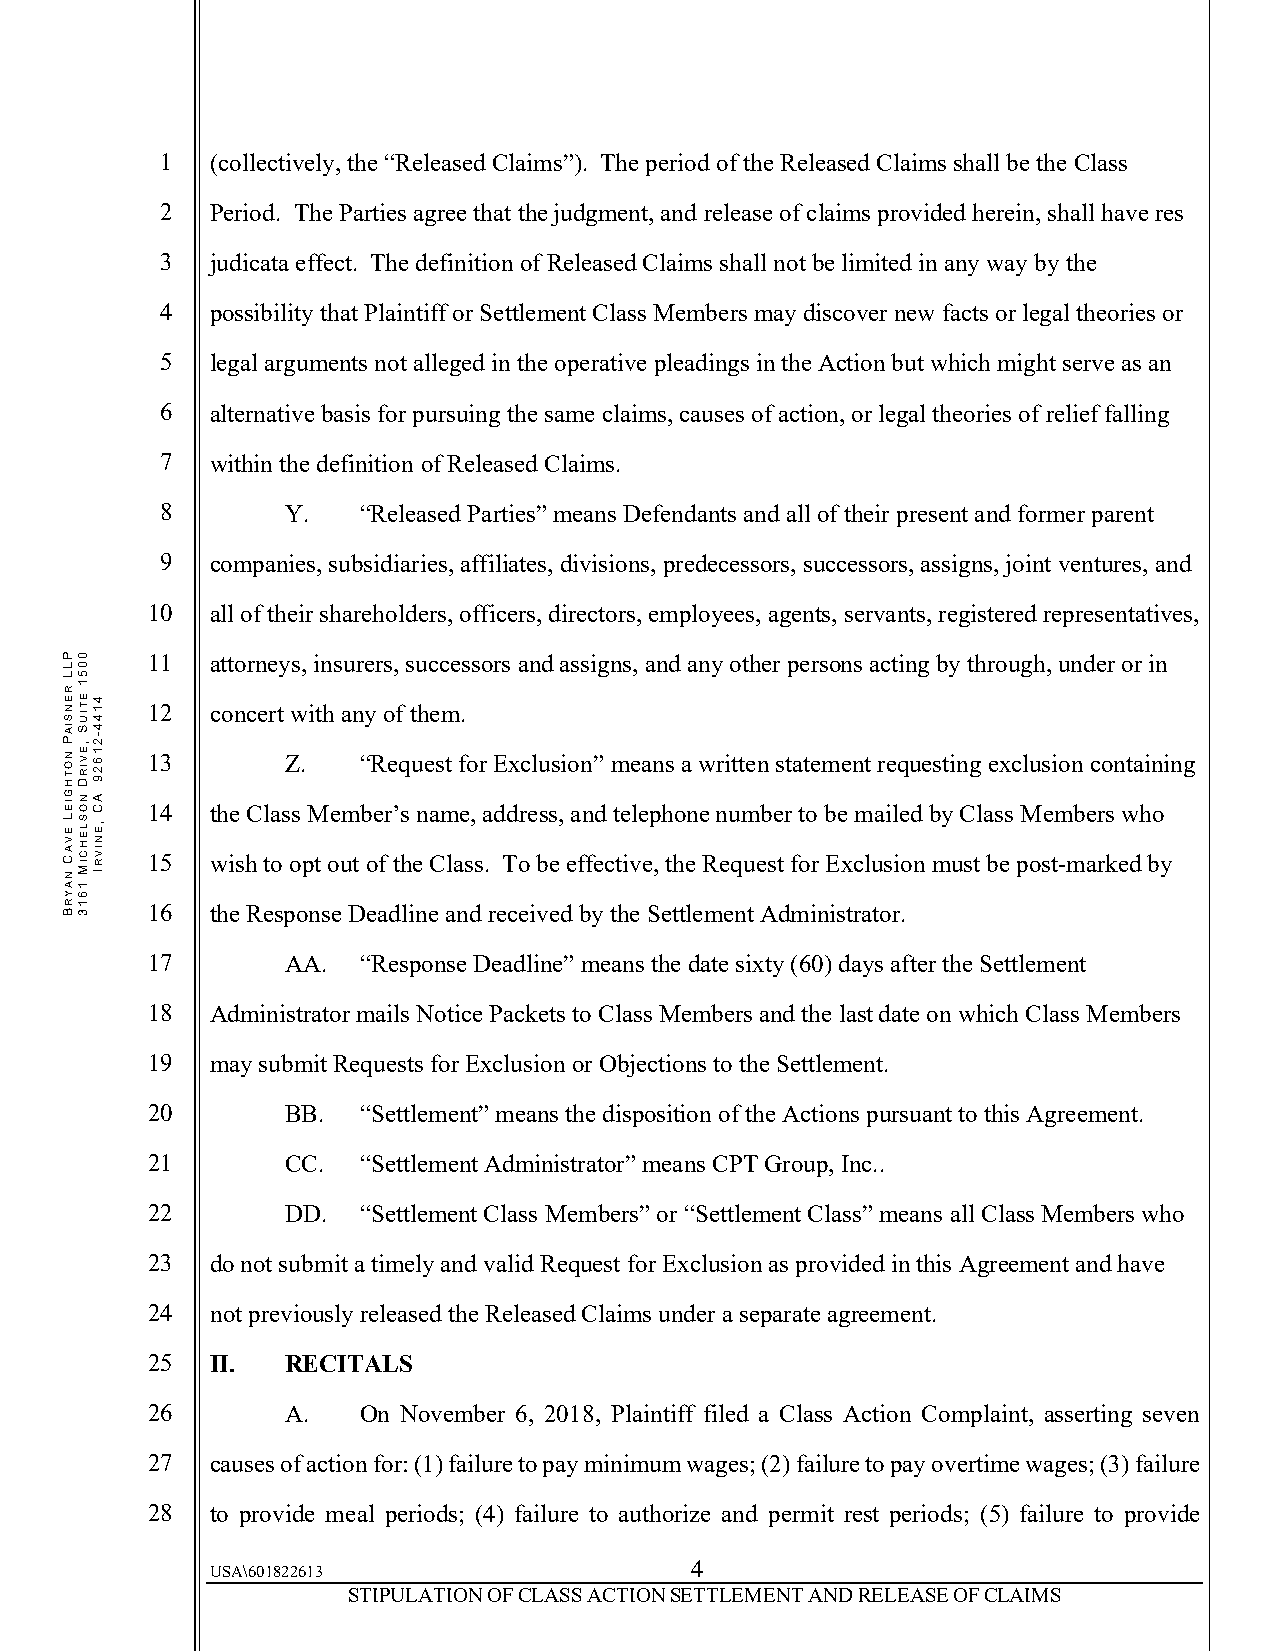
1  (collectively, the “Released Claims”). The period of the Released Claims shall be the Class
 2  Period. The Parties agree that the judgment, and release of claims provided herein, shall have res
 3  judicata effect. The definition of Released Claims shall not be limited in any way by the
 4  possibility that Plaintiff or Settlement Class Members may discover new facts or legal theories or
 5  legal arguments not alleged in the operative pleadings in the Action but which might serve as an
 6  alternative basis for pursuing the same claims, causes of action, or legal theories of relief falling
 7  within the definition of Released Claims.
 8       Y.   “Released Parties” means Defendants and all of their present and former parent
 9  companies, subsidiaries, affiliates, divisions, predecessors, successors, assigns, joint ventures, and
 10  all of their shareholders, officers, directors, employees, agents, servants, registered representatives,
 11  attorneys, insurers, successors and assigns, and any other persons acting by through, under or in
 12  concert with any of them.
 13       Z.   “Request for Exclusion” means a written statement requesting exclusion containing
 14  the Class Member’s name, address, and telephone number to be mailed by Class Members who
 15  wish to opt out of the Class. To be effective, the Request for Exclusion must be post-marked by
 16  the Response Deadline and received by the Settlement Administrator.
 17       AA.  “Response Deadline” means the date sixty (60) days after the Settlement
 18  Administrator mails Notice Packets to Class Members and the last date on which Class Members
 19  may submit Requests for Exclusion or Objections to the Settlement.
 20       BB.  “Settlement” means the disposition of the Actions pursuant to this Agreement.
 21       CC.  “Settlement Administrator” means CPT Group, Inc..
 22       DD.  “Settlement Class Members” or “Settlement Class” means all Class Members who
 23  do not submit a timely and valid Request for Exclusion as provided in this Agreement and have
 24  not previously released the Released Claims under a separate agreement.
 25  II.  RECITALS
 26       A.   On November 6, 2018, Plaintiff filed a Class Action Complaint, asserting seven
 27  causes of action for: (1) failure to pay minimum wages; (2) failure to pay overtime wages; (3) failure
 28  to provide meal periods; (4) failure to authorize and permit rest periods; (5) failure to provide
 4
 USA\601822613
 STIPULATION OF CLASS ACTION SETTLEMENT AND RELEASE OF CLAIMS
 PLL
 RENSIAP
 NOTHGIEL
 EVAC
 NAYRB
 0051
 ETIUS
 ,EVIRD
 NOSLEHCIM
 1613
 4144-21629
 AC
 ,ENIVRI